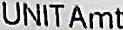
UNIT AMT